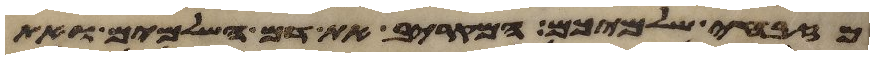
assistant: מזבחי שלמיכם המקריב את דם השלמים ואת